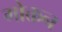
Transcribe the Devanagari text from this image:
मोक्तन